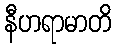
နီဟရာမာတိ